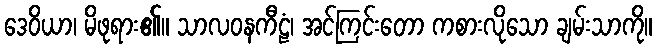
ဒေဝိယာ၊ မိဖုရား၏။ သာလဝနကီဠံ၊ အင်ကြင်းတော ကစားလိုသော ချမ်းသာကို။